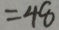
= 4 8